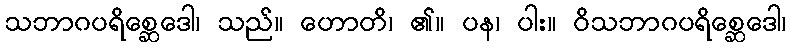
သဘာဂပရိစ္ဆေဒေါ၊ သည်။ ဟောတိ၊ ၏။ ပန၊ ပါး။ ဝိသဘာဂပရိစ္ဆေဒေါ၊